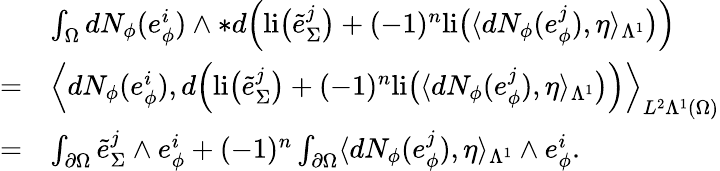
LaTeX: \begin{array}{rl}&{\int_{\Omega}dN_{\phi}(e_{\phi}^{i})\wedge\ast d\Big(\mathrm{li}\big(\tilde{e}_{\Sigma}^{j}\big)+(-1)^{n}\mathrm{li}\big(\langle dN_{\phi}(e_{\phi}^{j}),\eta\rangle_{\Lambda^{1}}\big)\Big)}\\ {=}&{\Big\langle dN_{\phi}(e_{\phi}^{i}),d\Big(\mathrm{li}\big(\tilde{e}_{\Sigma}^{j}\big)+(-1)^{n}\mathrm{li}\big(\langle dN_{\phi}(e_{\phi}^{j}),\eta\rangle_{\Lambda^{1}}\big)\Big)\Big\rangle_{L^{2}\Lambda^{1}(\Omega)}}\\ {=}&{\int_{\partial\Omega}\tilde{e}_{\Sigma}^{j}\wedge e_{\phi}^{i}+(-1)^{n}\int_{\partial\Omega}\langle dN_{\phi}(e_{\phi}^{j}),\eta\rangle_{\Lambda^{1}}\wedge e_{\phi}^{i}.}\end{array}